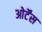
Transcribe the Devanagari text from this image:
ओर्टेंस